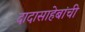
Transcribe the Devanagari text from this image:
दादासाहेबांची